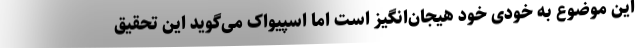
این موضوع به خودی خود هیجان‌انگیز است اما اسپیواک می‌گوید این تحقیق